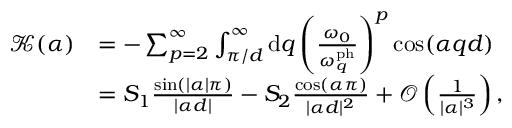
\begin{array} { r l } { \mathcal { K } ( \alpha ) } & { = - \sum _ { p = 2 } ^ { \infty } \int _ { \pi / d } ^ { \infty } \mathrm { d } q \left( \frac { \omega _ { 0 } } { \omega _ { q } ^ { \mathrm { p h } } } \right) ^ { p } \cos ( \alpha q d ) } \\ & { = S _ { 1 } \frac { \sin ( | \alpha | \pi ) } { | \alpha d | } - S _ { 2 } \frac { \cos ( \alpha \pi ) } { | \alpha d | ^ { 2 } } + \mathcal { O } \left( \frac { 1 } { | \alpha | ^ { 3 } } \right) , } \end{array}